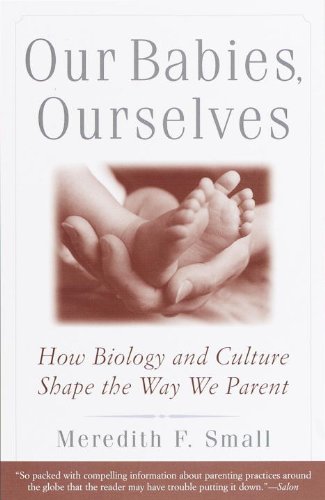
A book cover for Our Babies, Ourselves: How Biology and Culture Shape the Way We Parent; Meredith F. Small; Science & Math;